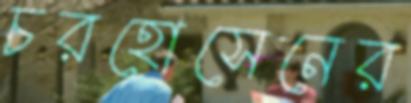
চরহোসেনের